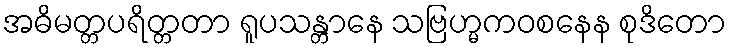
အဓိမတ္တပရိတ္တတာ ရူပသန္တာနေ သဗြဟ္မကဝစနေန စုဒိတော